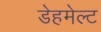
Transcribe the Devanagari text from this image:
डेहमेल्ट